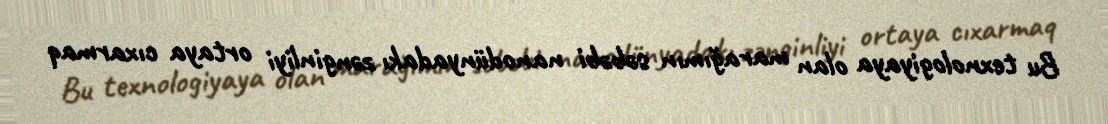
Bu texnologiyaya olan marağımın səbəbi nanodünyadakı zənginliyi ortaya cıxarmaq